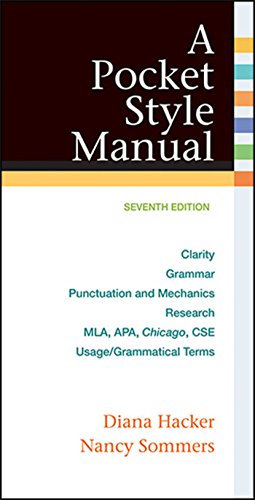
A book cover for A Pocket Style Manual; Diana Hacker; Reference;